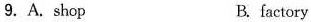
9. A. shop B. factory